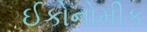
ઈકોનોમીક